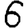
Digit: 6